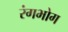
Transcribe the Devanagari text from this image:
रंगभोग